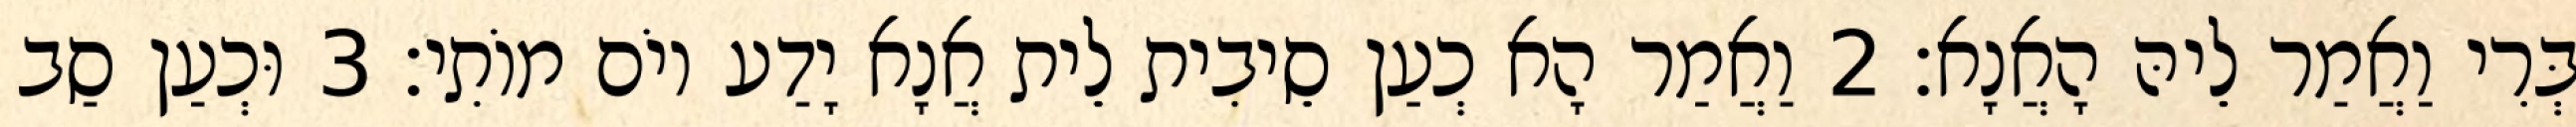
בְּרִי וַאֲמַר לֵיהּ הָאֲנָא׃ 2 וַאֲמַר הָא כְעַן סֵיבִית לֵית אֲנָא יָדַע יוֹם מוֹתִי׃ 3 וּכְעַן סַב